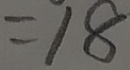
= 1 8